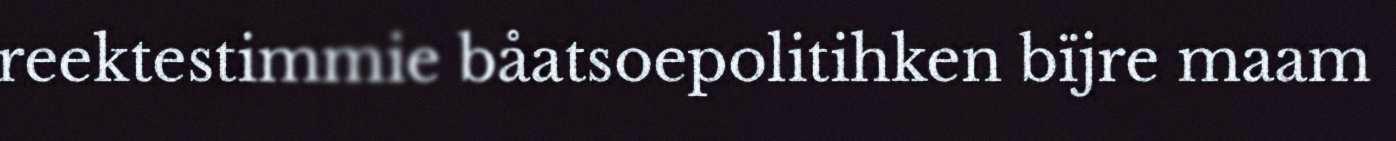
reektestimmie båatsoepolitihken bïjre maam